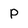
Character: P